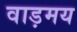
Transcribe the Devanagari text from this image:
वाड़मय